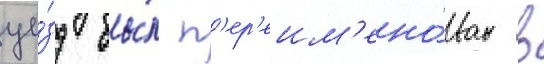
уе́зд бы́л п'ер'еим'ено́ван в